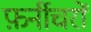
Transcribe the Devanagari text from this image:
फ़र्नीचरों